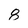
Character: 8